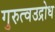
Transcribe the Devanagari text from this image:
गुरुत्वउद्रोध